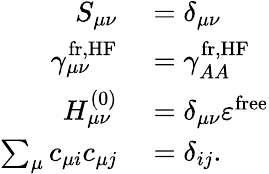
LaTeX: \begin{array}{rl}{S_{\mu\nu}}&{{}=\delta_{\mu\nu}}\\ {\gamma_{\mu\nu}^{\mathrm{fr,HF}}}&{{}=\gamma_{AA}^{\mathrm{fr,HF}}}\\ {H_{\mu\nu}^{(0)}}&{{}=\delta_{\mu\nu}\varepsilon^{\mathrm{free}}}\\ {\sum_{\mu}c_{\mu i}c_{\mu j}}&{{}=\delta_{ij}.}\end{array}